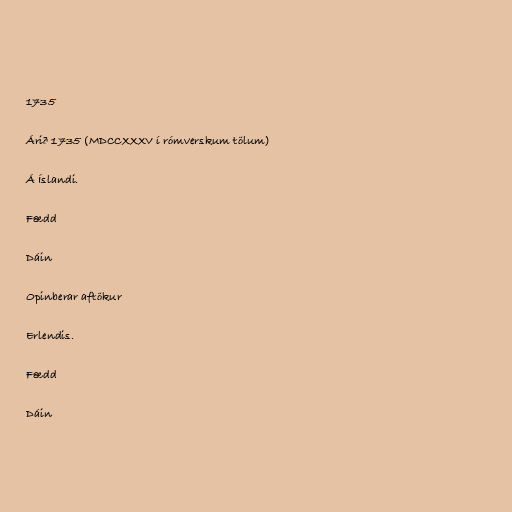
1735

Árið 1735 (MDCCXXXV í rómverskum tölum)

Á Íslandi.

Fædd

Dáin

Opinberar aftökur

Erlendis.

Fædd

Dáin